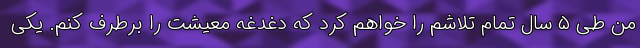
من طی ۵ سال تمام تلاشم را خواهم کرد که دغدغه معیشت را برطرف کنم. یکی